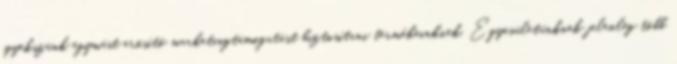
igyekszünk egymást erősítő marketingtámogatást biztosítani termékeinknek. Egyesületünknek jelenleg több